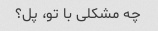
چه مشکلی با تو، پل؟